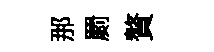
那罽贅